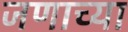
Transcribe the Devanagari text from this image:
जणाच्या